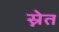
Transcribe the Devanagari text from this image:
स्नेत